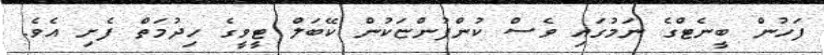
ފަހުން ބީނެޓްގެ ނަމުގައި ވެސް ކުންފުންޏަކުން ކޭބަލް ޓީވީގެ ހިދުމަތް ފެށި އެވެ.